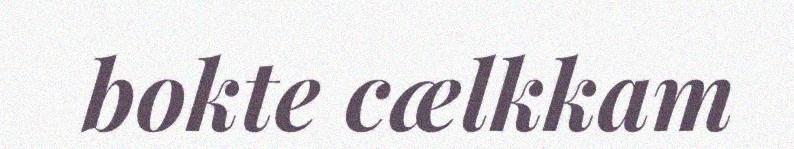
bokte cælkkam